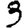
Digit: 3